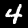
Label: 4